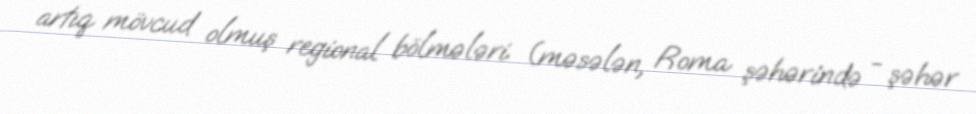
artıq mövcud olmuş regional bölmələri (məsələn, Roma şəhərində - şəhər